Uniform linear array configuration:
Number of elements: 64
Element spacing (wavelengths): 0.5
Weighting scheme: binomial
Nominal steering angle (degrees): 45
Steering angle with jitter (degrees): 46.113
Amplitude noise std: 0.05
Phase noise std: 0.05

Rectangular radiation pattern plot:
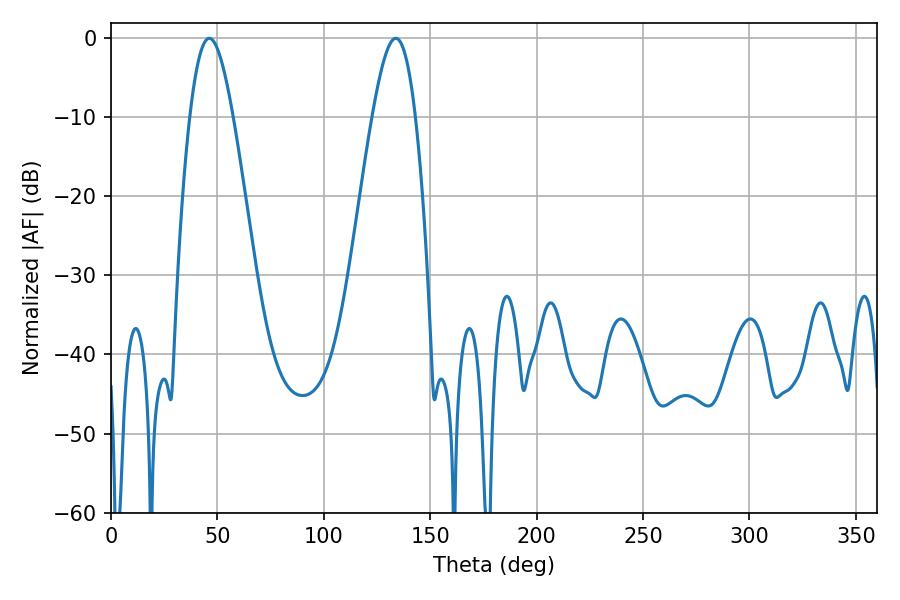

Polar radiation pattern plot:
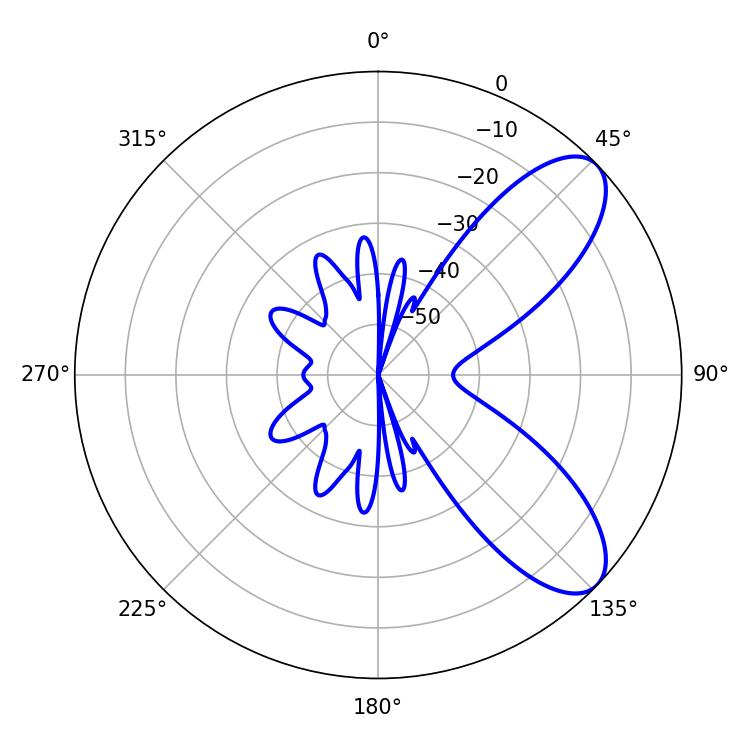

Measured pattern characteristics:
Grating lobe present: FALSE
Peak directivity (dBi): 8.216
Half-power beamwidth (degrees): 10.98
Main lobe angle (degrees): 46.26